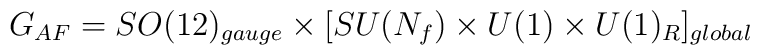
G_{AF} = SO(12)_{gauge} \times [SU(N_f) \times U(1) \times U(1)_R]_{global}